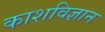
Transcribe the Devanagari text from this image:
काशविज्ञान